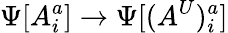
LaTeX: \Psi[A_{i}^{a}]\rightarrow\Psi[(A^{U})_{i}^{a}]